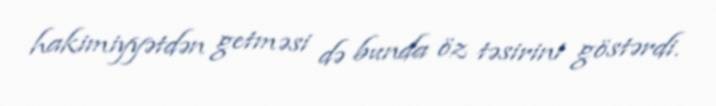
hakimiyyətdən getməsi də bunda öz təsirini göstərdi.